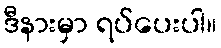
ဒီနားမှာ ရပ်ပေးပါ။